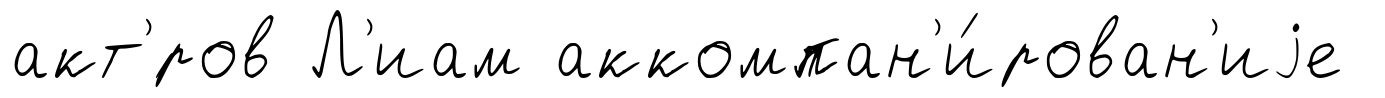
акт'́ров Л'иам аккомпан'и́рован'иjе